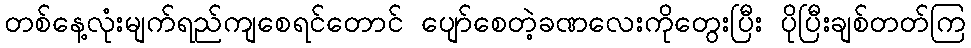
တစ်နေ့လုံးမျက်ရည်ကျစေရင်တောင် ပျော်စေတဲ့ခဏလေးကိုတွေးပြီး ပိုပြီးချစ်တတ်ကြ